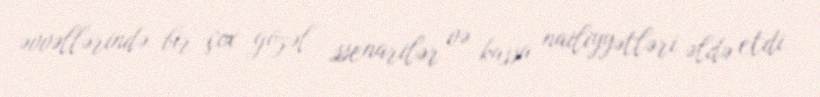
əvvəllərində bir çox gözəl ssenarilər və kassa nailiyyətləri əldə etdi.